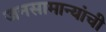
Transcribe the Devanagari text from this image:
जनसामान्यांची